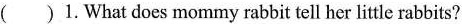
( ) 1.What does mommy rabbit tell her little rabbits?